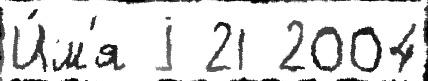
И́м'я j 21 2004